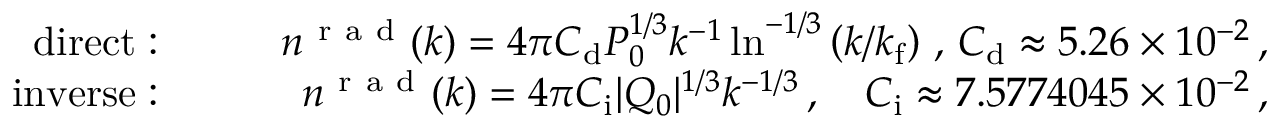
\begin{array} { r l r } { \mathrm { d i r e c t : } \quad } & { { } } & { n ^ { \mathrm { ~ r ~ a ~ d ~ } } ( k ) = 4 \pi C _ { \mathrm { d } } P _ { 0 } ^ { 1 / 3 } k ^ { - 1 } \ln ^ { - 1 / 3 } \left( { k } / { k _ { \mathrm { f } } } \right) \, , \, C _ { \mathrm { d } } \approx 5 . 2 6 \times 1 0 ^ { - 2 } \, , } \\ { \mathrm { i n v e r s e : } \quad } & { { } } & { n ^ { \mathrm { ~ r ~ a ~ d ~ } } ( k ) = 4 \pi C _ { \mathrm { i } } | Q _ { 0 } | ^ { 1 / 3 } k ^ { - 1 / 3 } \, , \quad C _ { \mathrm { i } } \approx 7 . 5 7 7 4 0 4 5 \times 1 0 ^ { - 2 } \, , } \end{array}